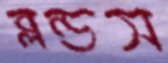
ব্লন্ডস